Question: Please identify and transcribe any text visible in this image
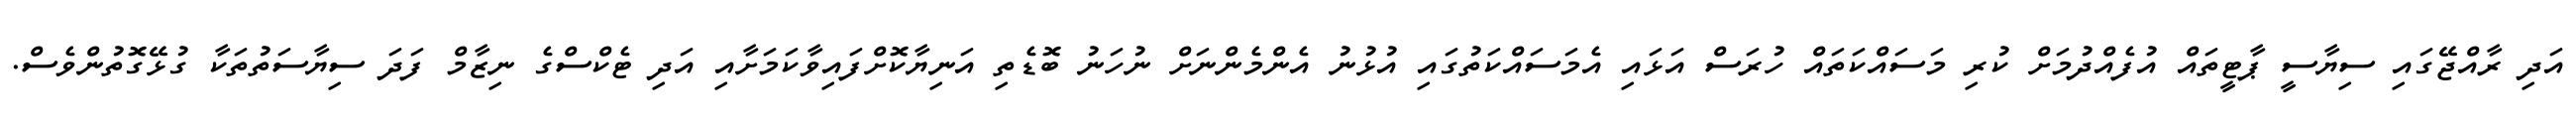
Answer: އަދި ރާއްޖޭގައި ސިޔާސީ ޕާޓީތައް އުފެއްދުމަށް ކުރި މަސައްކަތައް ހުރަސް އަޅައި އެމަސައްކަތުގައި އުޅުނު އެންމެންނަށް ނުހަނު ބޮޑެތި އަނިޔާކޮށްފައިވާކަމަށާއި އަދި ޓެކްސްގެ ނިޒާމް ފަދަ ސިޔާސަތުތަކާ ގުޅޭގޮތުންވެސް.